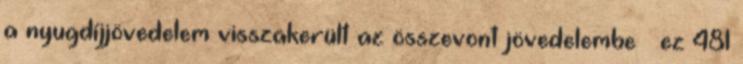
a nyugdíjjövedelem visszakerült az összevont jövedelembe – ez 481